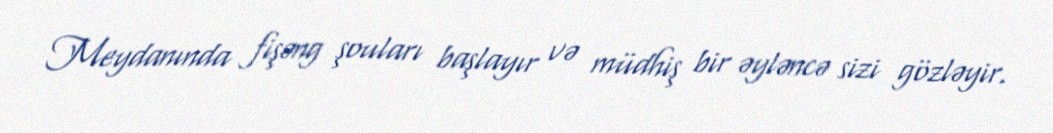
Meydanında fişəng şouları başlayır və müdhiş bir əyləncə sizi gözləyir.